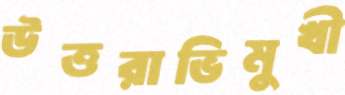
উত্তরাভিমুখী